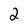
Character: 2